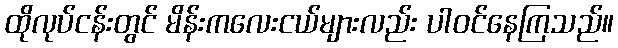
ထိုလုပ်ငန်းတွင် မိန်းကလေးငယ်များလည်း ပါဝင်နေကြသည်။